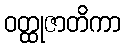
ဝတ္ထုဇာတိကာ